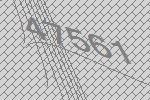
47561